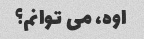
اوه، می توانم؟